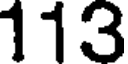
113